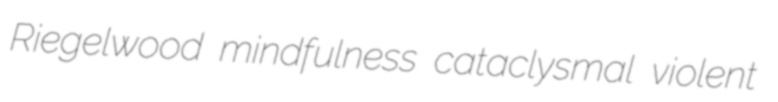
Riegelwood mindfulness cataclysmal violent